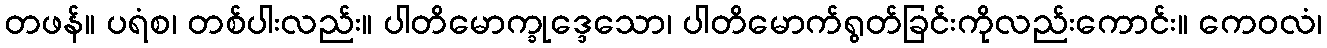
တဖန်။ ပရံစ၊ တစ်ပါးလည်း။ ပါတိမောက္ခုဒ္ဒေသော၊ ပါတိမောက်ရွတ်ခြင်းကိုလည်းကောင်း။ ကေဝလံ၊